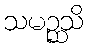
သမဉ္ဆသိ